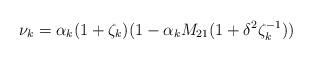
LaTeX: \begin{align*}\nu_k=\alpha_k (1+\zeta_k)(1-\alpha_k M_{21}(1+\delta^2 \zeta_k^{-1}))\end{align*}